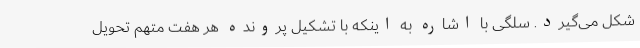
شکل می‌گیرد. سلگی با اشاره به اینکه با تشکیل پرونده هر هفت متهم تحویل